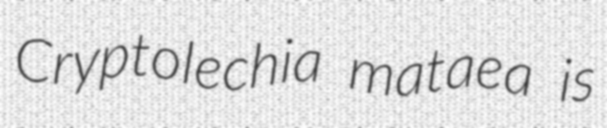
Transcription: Cryptolechia mataea is